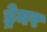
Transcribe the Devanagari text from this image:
ड्रेयर